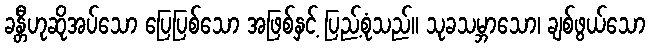
ခန္တီဟုဆိုအပ်သော ပြေပြစ်သော အဖြစ်နှင့် ပြည့်စုံသည်။ သုခသမ္ဘာသော၊ ချစ်ဖွယ်သော